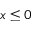
x \leq 0